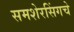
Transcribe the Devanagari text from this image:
समशेरसिंगचे